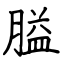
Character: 膉